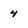
Character: 4